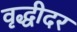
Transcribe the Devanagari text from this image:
वृद्धीदर